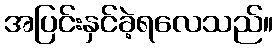
အပြင်းနှင်ခဲ့ရလေသည်။